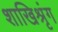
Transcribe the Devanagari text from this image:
शाखिश्रृंग